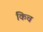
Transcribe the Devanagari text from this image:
किच